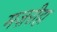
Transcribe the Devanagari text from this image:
मज़रीहा